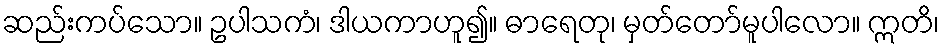
ဆည်းကပ်သော။ ဥပါသကံ၊ ဒါယကာဟူ၍။ ဓာရေတု၊ မှတ်တော်မူပါလော။ ဣတိ၊